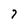
Character: 7